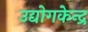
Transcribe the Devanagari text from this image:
उद्योगकेन्द्र